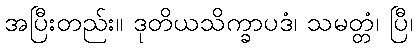
အပြီးတည်း။ ဒုတိယသိက္ခာပဒံ၊ သမတ္တံ၊ ပြီ၊